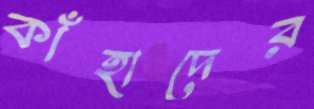
কাঁহাদের